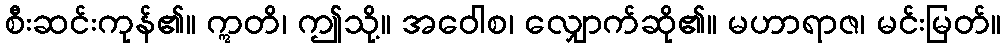
စီးဆင်းကုန်၏။ ဣတိ၊ ဤသို့။ အဝေါစ၊ လျှောက်ဆို၏။ မဟာရာဇ၊ မင်းမြတ်။